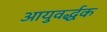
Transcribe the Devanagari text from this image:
आयुवर्द्धक